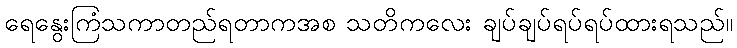
ရေနွေးကြံသကာတည်ရတာကအစ သတိကလေး ချပ်ချပ်ရပ်ရပ်ထားရသည်။